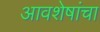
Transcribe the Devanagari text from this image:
आवशेषांचा